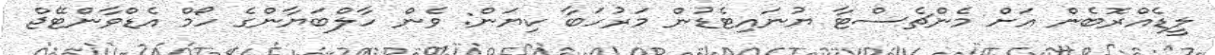
ލީޑެއްރޮބެން އަށް މެންޗެސްޓާ ޔުނައިޓެޑުން މަރުހަބާ ކިޔަން: ވެން ހާލްބަޔާންގެ ހޯމް އެޑްވާންޓޭޖް